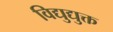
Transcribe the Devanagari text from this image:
विद्युद्युक्त